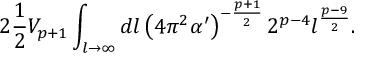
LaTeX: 2 \frac { 1 } { 2 } V _ { p + 1 } \int _ { l \to \infty } d l \left( 4 \pi ^ { 2 } \alpha ^ { \prime } \right) ^ { - \frac { p + 1 } { 2 } } 2 ^ { p - 4 } l ^ { \frac { p - 9 } { 2 } } .